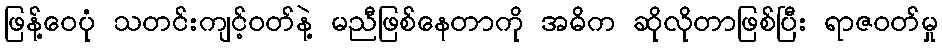
ဖြန့်ဝေပုံ သတင်းကျင့်ဝတ်နဲ့ မညီဖြစ်နေတာကို အဓိက ဆိုလိုတာဖြစ်ပြီး ရာဇဝတ်မှု